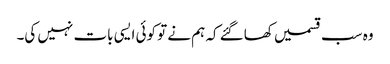
وہ سب قسمیں کھاگئے کہ ہم نے تو کوئی ایسی بات نہیں کی۔